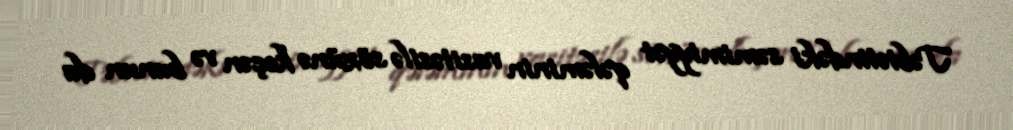
Təbiətindəki səmimiyyət qələminin vasitəsilə sözünə keçən və bunun da